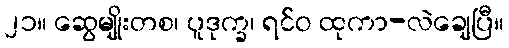
၂၁။ ဆွေမျိုးတစ၊ ပူဒုက္ခ၊ ရင်ဝ ထုကာ-လဲချေပြီ။